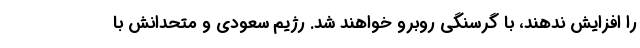
را افزایش ندهند، با گرسنگی روبرو خواهند شد. رژیم سعودی و متحدانش با